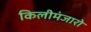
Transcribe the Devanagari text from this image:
किलीमंजारो